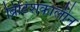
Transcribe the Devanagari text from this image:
ब्रिटिशकालीन्